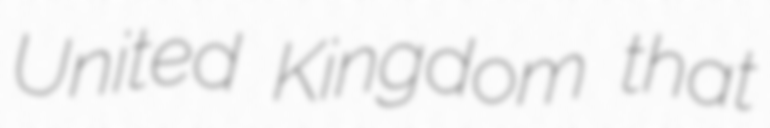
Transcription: United Kingdom that